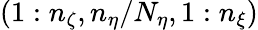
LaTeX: (1:n_{\zeta},n_{\eta}/N_{\eta},1:n_{\xi})